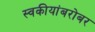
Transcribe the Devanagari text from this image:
स्वकीयांबरोबर